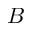
B